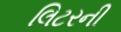
લિટરની